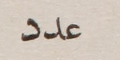
عدد